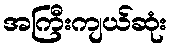
အကြီးကျယ်ဆုံး